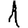
Digit: 1